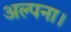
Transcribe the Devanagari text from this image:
अल्पना।